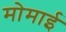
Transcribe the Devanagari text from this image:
मोमाई